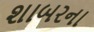
શાબરના